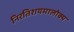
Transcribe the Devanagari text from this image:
निरतिशयमालोक्य